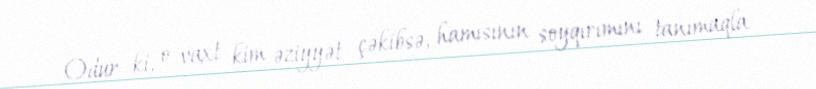
Odur ki, o vaxt kim əziyyət çəkibsə, hamısının soyqırımını tanımaqla